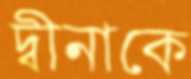
দ্বীনাকে